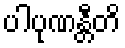
ပါပုဏန္တီတိ